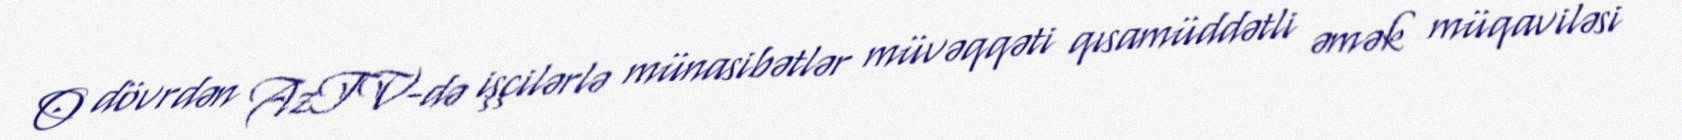
O dövrdən AzTV-də işçilərlə münasibətlər müvəqqəti qısamüddətli əmək müqaviləsi